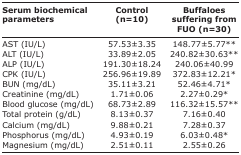
<table><thead><tr><td><b>Serum biochemical parameters</b></td><td><b>Control (n=10)</b></td><td><b>Buffaloes suffering from FUO (n=30)</b></td></tr></thead><tbody><tr><td>AST (IU/L)</td><td>57.53±3.35</td><td>148.77±5.77**</td></tr><tr><td>ALT (IU/L)</td><td>33.89±2.05</td><td>240.82±30.63**</td></tr><tr><td>ALP (IU/L)</td><td>191.30±18.24</td><td>240.06±40.99</td></tr><tr><td>CPK (IU/L)</td><td>256.96±19.89</td><td>372.83±12.21*</td></tr><tr><td>BUN (mg/dL)</td><td>35.11±3.21</td><td>52.46±4.71*</td></tr><tr><td>Creatinine (mg/dL)</td><td>1.71±0.06</td><td>2.27±0.29*</td></tr><tr><td>Blood glucose (mg/dL)</td><td>68.73±2.89</td><td>116.32±15.57**</td></tr><tr><td>Total protein (g/dL)</td><td>8.13±0.37</td><td>7.16±0.40</td></tr><tr><td>Calcium (mg/dL)</td><td>9.88±0.21</td><td>7.28±0.37</td></tr><tr><td>Phosphorus (mg/dL)</td><td>4.93±0.19</td><td>6.03±0.48*</td></tr><tr><td>Magnesium (mg/dL)</td><td>2.51±0.11</td><td>2.55±0.26</td></tr></tbody></table>